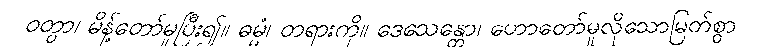
ဝတွာ၊ မိန့်တော်မူပြီး၍။ ဓမ္မံ၊ တရားကို။ ဒေသေန္တော၊ ဟောတော်မူလိုသောမြတ်စွာ